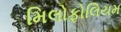
મિલોફોલિયમ